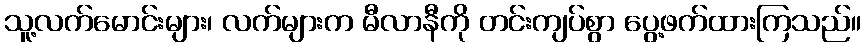
သူ့လက်မောင်းများ၊ လက်များက မီလာနီကို တင်းကျပ်စွာ ပွေ့ဖက်ထားကြသည်။